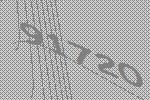
91720